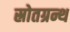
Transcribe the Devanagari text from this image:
स्रोतग्रन्थ